Annual report of lunatic asylums [Bombay] - 1912-1922
Year: 1912
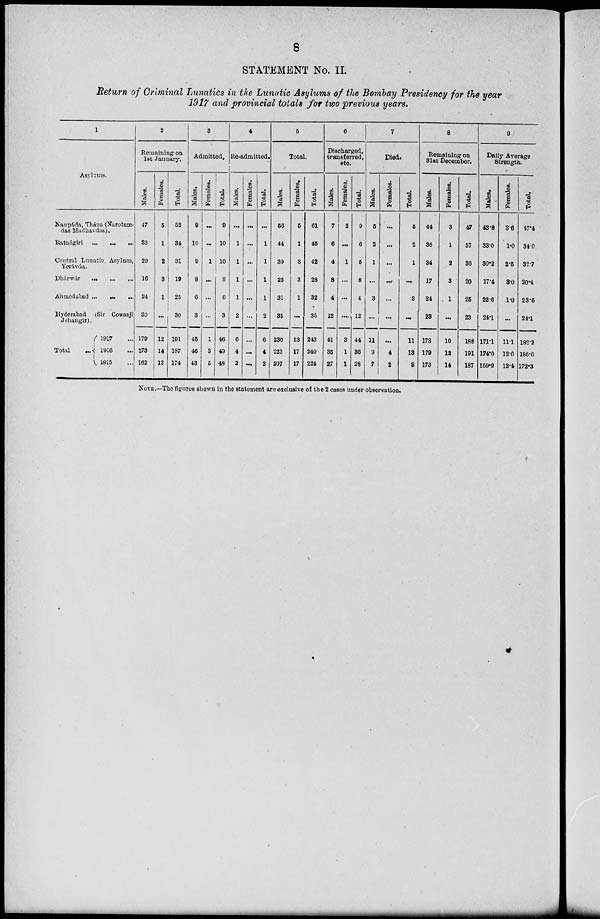
8
STATEMENT No. II.
Return of Criminal Lunatics in the Lunatic Asylums of the Bombay Presidency for the year
1917 and provincial totals for two previous years.
1
Asylums.
Naupáda, Thána (Narotam¬
das Madhavdas).
Ratnágiri ... ... ...
Central Lunatic Asylum,
Yerávda.
Dhárwár ... ... ...
Ahmedabad ... ... ...
Hyderabad (Sir Cowasji
Jehangir).
Total
...
1917 ...
1916 ...
1915 ...
2
Remaining on
1st January.
Males.
47
33
29
16
24
30
179
173
162
Females.
5
1
2
3
1
...
12
14
12
Total.
52
34
31
19
25
30
191
187
174
3
Admitted.
Males.
9
10
9
8
6
3
45
46
43
Females.
...
...
1
...
...
...
1
3
5
Total.
9
10
10
8
6
3
46
49
48
4
Re-admitted.
Males.
...
1
1
1
1
2
6
4
2
Females.
...
...
...
...
...
...
...
...
...
Total.
...
1
1
1
1
2
6
4
2
5
Total.
Males.
56
44
39
25
31
35
230
223
207
Females.
5
1
3
3
1
...
13
17
17
Total.
61
45
42
28
32
35
243
240
224
6
Discharged,
transferred,
etc.
Males.
7
6
4
8
4
12
41
35
27
Females.
2
...
1
...
...
...
3
1
1
Total.
9
6
5
8
4
12
44
36
28
7
Died.
Males.
5
2
1
...
3
...
11
9
7
Females.
...
...
...
...
...
...
...
4
2
Total.
5
2
1
...
3
...
11
13
9
8
Remaining on
31st December.
Males.
44
36
34
17
24
23
178
179
173
Females.
3
1
2
3
1
...
10
12
14
Total.
47
37
36
20
25
23
188
191
187
9
Daily Average
Strength.
Males.
43.8
33.0
30.2
17.4
22.6
24.1
171.1
174.0
159.9
Females.
3.6
1.0
2.5
3.0
1.0
...
11.1
12.6
12.4
Total.
47.4
34.0
32.7
20.4
23.6
24.1
182.2
186.6
172.3
NOTE.—The figures shown in the statement are exclusive of the 2 cases under observation.